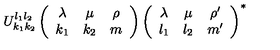
U _ { k _ { 1 } k _ { 2 } } ^ { l _ { 1 } l _ { 2 } } \left( \begin{array} { c c c } { \lambda } & { \mu } & { \rho } \\ { k _ { 1 } } & { k _ { 2 } } & { m } \\ \end{array} \right) \left( \begin{array} { c c c } { \lambda } & { \mu } & { \rho ^ { \prime } } \\ { l _ { 1 } } & { l _ { 2 } } & { m ^ { \prime } } \\ \end{array} \right) ^ { \ast }